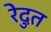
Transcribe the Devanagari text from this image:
रेदुत